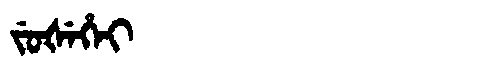
Manchu: ᠵᡠᡧᡝᡥᡝᡳ
Romanization: JUŠEHEI